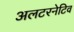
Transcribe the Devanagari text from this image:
अलटरनेटिव